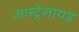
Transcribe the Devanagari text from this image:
आस्ट्रेलायड